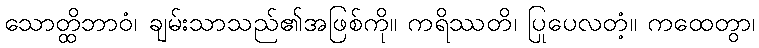
သောတ္ထိဘာဝံ၊ ချမ်းသာသည်၏အဖြစ်ကို။ ကရိဿတိ၊ ပြုပေလတံ့။ ကထေတွာ၊